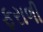
ફરાળી